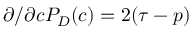
\partial / \partial c P _ { D } ( c ) = 2 ( \tau - p )